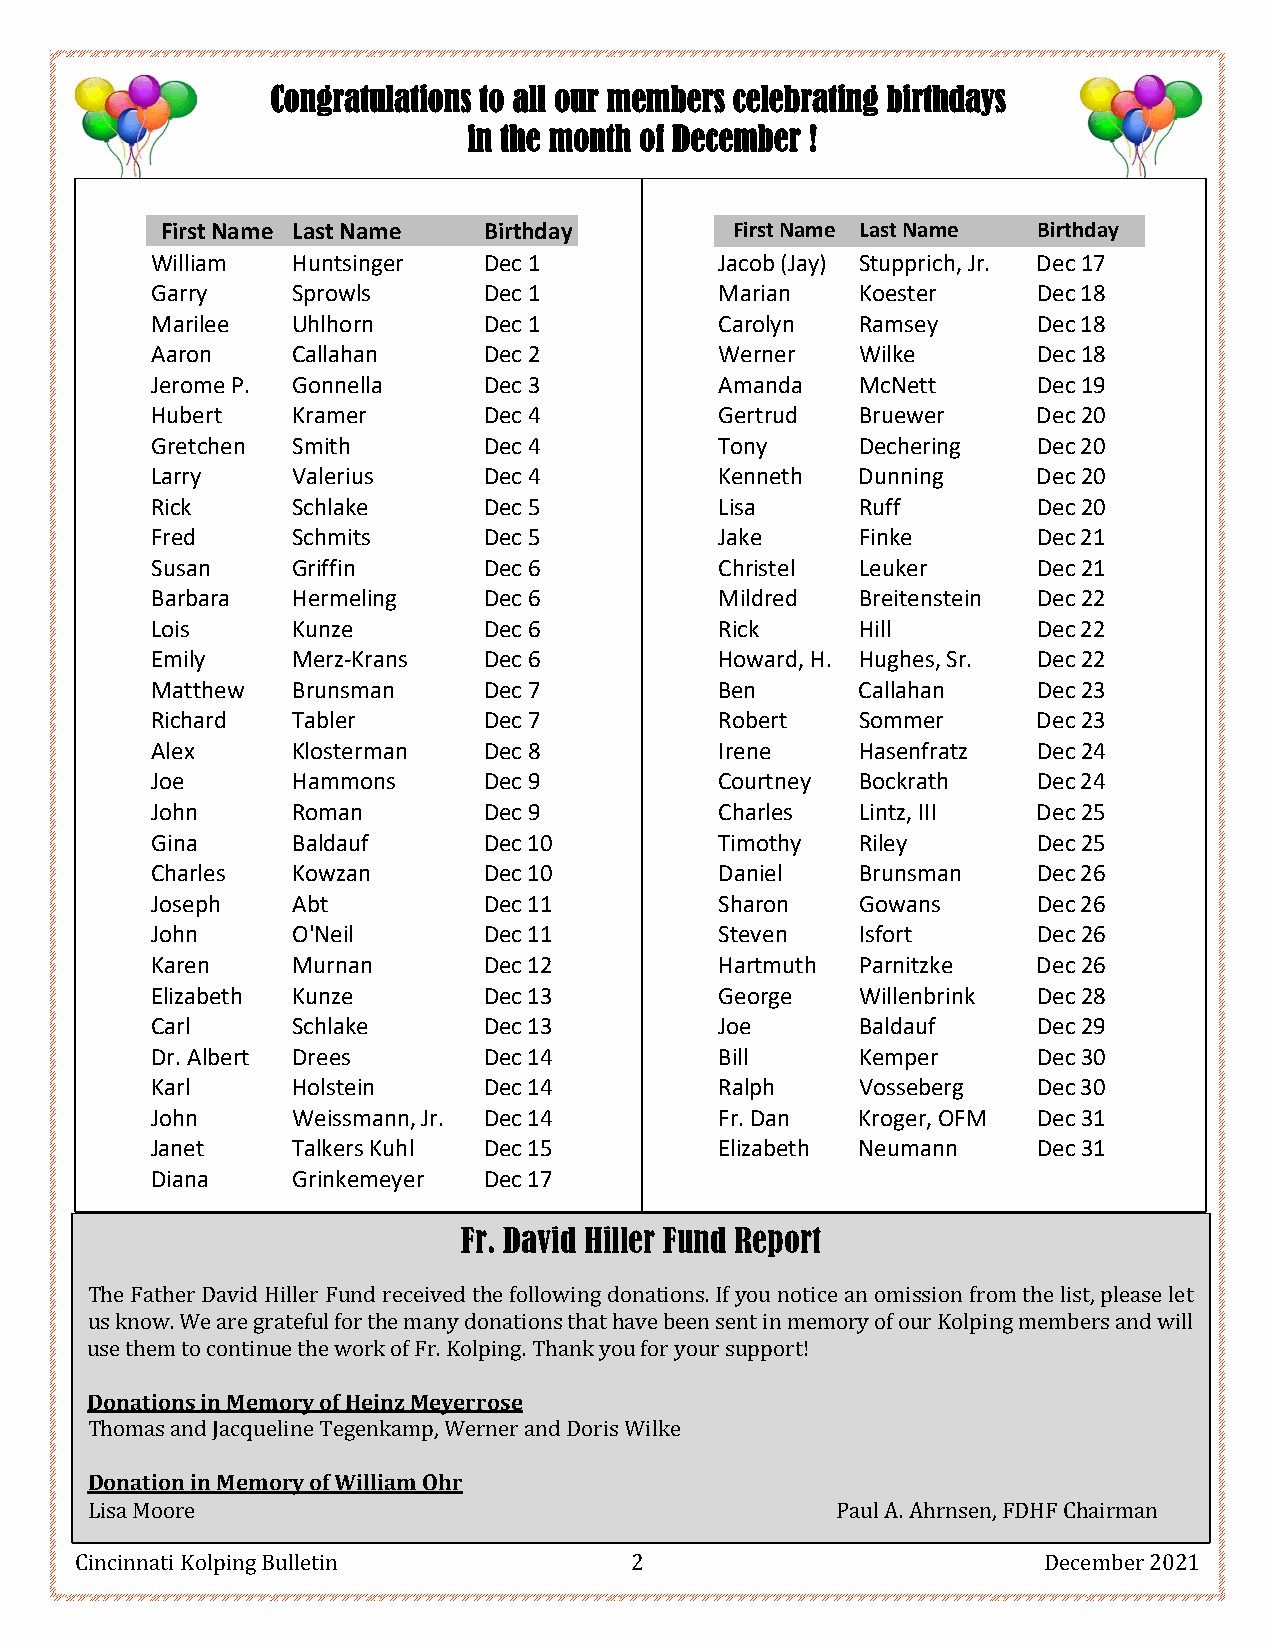
Congratulations to all our me mbers celebrating birthdays
 in the month of December !
 First Name Last Name Birthday        First Name Last Name Birthday
 William  Huntsinger   Dec 1           Jacob (Jay) Stupprich, Jr. Dec 17
 Garry    Sprowls      Dec 1           Marian   Koester     Dec 18
 Marilee  Uhlhorn      Dec 1           Carolyn  Ramsey      Dec 18
 Aaron    Callahan     Dec 2           Werner   Wilke       Dec 18
 Jerome P. Gonnella    Dec 3           Amanda   McNett      Dec 19
 Hubert   Kramer       Dec 4           Gertrud  Bruewer     Dec 20
 Gretchen Smith        Dec 4           Tony     Dechering   Dec 20
 Larry    Valerius     Dec 4           Kenneth  Dunning     Dec 20
 Rick     Schlake      Dec 5           Lisa     Ruff        Dec 20
 Fred     Schmits      Dec 5           Jake     Finke       Dec 21
 Susan    Griffin      Dec 6           Christel Leuker      Dec 21
 Barbara  Hermeling    Dec 6           Mildred  Breitenstein Dec 22
 Lois     Kunze        Dec 6           Rick     Hill        Dec 22
 Emily    Merz-Krans   Dec 6           Howard, H. Hughes, Sr. Dec 22
 Matthew  Brunsman     Dec 7           Ben      Callahan    Dec 23
 Richard  Tabler       Dec 7           Robert   Sommer      Dec 23
 Alex     Klosterman   Dec 8           Irene    Hasenfratz  Dec 24
 Joe      Hammons      Dec 9           Courtney Bockrath    Dec 24
 John     Roman        Dec 9           Charles  Lintz, III  Dec 25
 Gina     Baldauf      Dec 10          Timothy  Riley       Dec 25
 Charles  Kowzan       Dec 10          Daniel   Brunsman    Dec 26
 Joseph   Abt          Dec 11          Sharon   Gowans      Dec 26
 John     O'Neil       Dec 11          Steven   Isfort      Dec 26
 Karen    Murnan       Dec 12          Hartmuth Parnitzke   Dec 26
 Elizabeth Kunze       Dec 13          George   Willenbrink Dec 28
 Carl     Schlake      Dec 13          Joe      Baldauf     Dec 29
 Dr. Albert Drees      Dec 14          Bill     Kemper      Dec 30
 Karl     Holstein     Dec 14          Ralph    Vosseberg   Dec 30
 John     Weissmann, Jr. Dec 14        Fr. Dan  Kroger, OFM Dec 31
 Janet    Talkers Kuhl Dec 15          Elizabeth Neumann    Dec 31
 Diana    Grinkemeyer  Dec 17
 Fr. David Hiller Fund Report
 The Father David Hiller Fund received the following donations. If you notice an omission from the list, please let
 us know. We are grateful for the many donations that have been sent in memory of our Kolping members and will
 use them to continue the work of Fr. Kolping. Thank you for your support!
 Donations in Memory of Heinz Meyerrose
 Thomas and Jacqueline Tegenkamp, Werner and Doris Wilke
 Donation in Memory of William Ohr
 Lisa Moore                                       Paul A. Ahrnsen, FDHF Chairman
 Cincinnati Kolping Bulletin          2                          December 2021